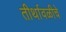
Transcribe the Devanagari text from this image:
तीर्थावळीचे